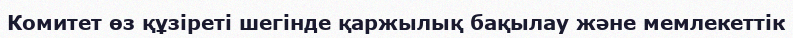
Комитет өз құзіреті шегінде қаржылық бақылау және мемлекеттік